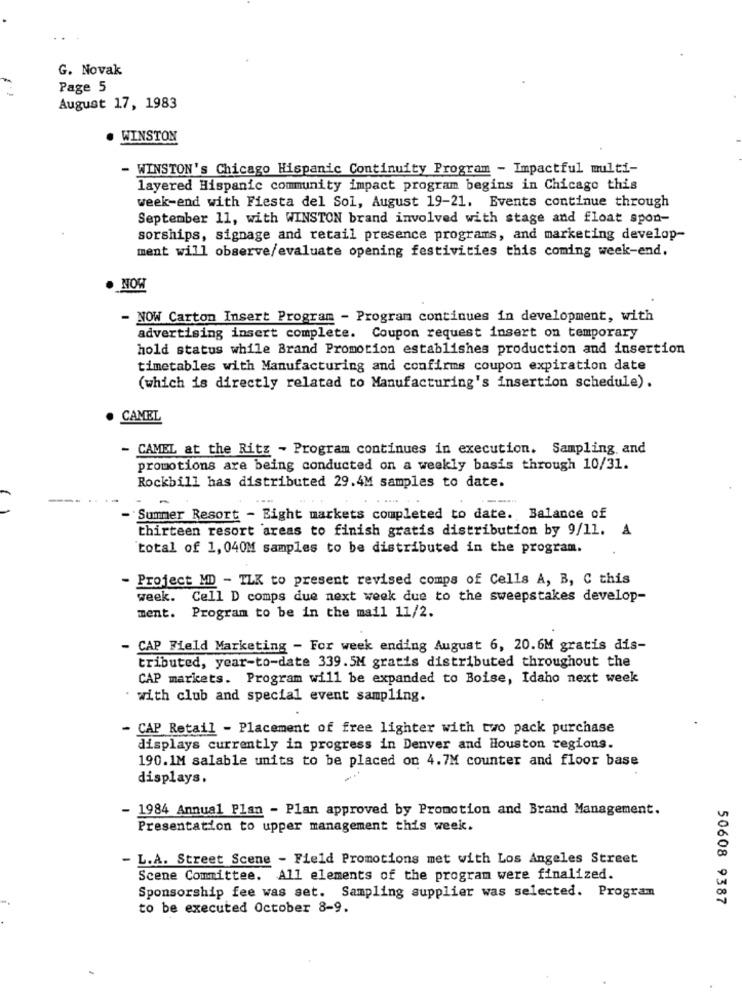
G. Novak
Page 5
August 17, 1983
. WINSTON
- WINSTON's Chicago Hispanic Continuity Program - Impactful multi-
layered Hispanic community impact program begins in Chicago this
week-end with Fiesta del Sol, August 19-21. Events continue through
September 11, with WINSTON brand involved with stage and float spon-
sorships, signage and retail presence programs, and marketing develop-
ment will observe/evaluate opening festivities this coming week-end.
NOW
- NOW Carton Insert Program - Program continues in development, with
advertising insert complete. Coupon request insert on temporary
hold status while Brand Promotion establishes production and insertion
timetables with Manufacturing and confirms coupon expiration date
(which is directly related to Manufacturing's insertion schedule).
CAMEL
- CAMEL at the Ritz - Program continues in execution. Sampling, and
promotions are being conducted on a weekly basis through 10/31.
Rockbill has distributed 29.4M samples to date.
-
Summer Resort - Eight markets completed to date. Balance of
thirteen resort areas to finish gratis distribution by 9/11. A
total of 1, 040M samples to be distributed in the program.
- Project MD - TLK to present revised comps of Cells A, B, C this
week. Cell D comps due next week due to the sweepstakes develop-
ment. Program to be in the mail 11/2.
- CAP Field Marketing - For week ending August 6, 20.6M gratis dis-
tributed, year-to-date 339.5M gratis distributed throughout the
CAP markets. Program will be expanded to Boise, Idaho next week
. with club and special event sampling.
CAP Retail - Placement of free lighter with two pack purchase
displays currently in progress in Denver and Houston regions.
190.1M salable units to be placed on 4.7M counter and floor base
displays.
- 1984 Annual Plan - Plan approved by Promotion and Brand Management.
Presentation to upper management this week.
- L.A. Street Scene - Field Promotions met with Los Angeles Street
Scene Committee. All elements of the program were finalized.
Sponsorship fee was set. Sampling supplier was selected. Program
50608 9387
to be executed October 8-9.